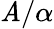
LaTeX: \mathit{A}/\alpha